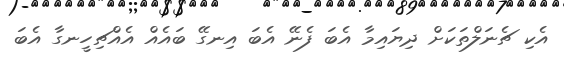
އެކި ޗެނަލްތަކަށް ދިޔައިމާ އެބަ ފެނޭ އެބަ އިނގޭ ބައެއް އެއްޗިހީނގާ އެބަ